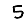
Digit: 5